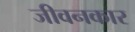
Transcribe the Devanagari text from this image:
जीवनकार